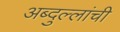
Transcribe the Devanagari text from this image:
अब्दुल्लांची